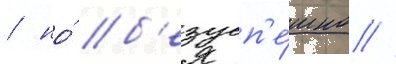
/ но́ б'езусп'е́шно //